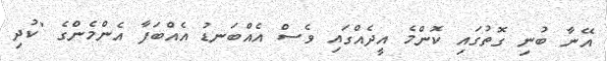
އޭނާ ބުނި ގޮތުގައި ކޮންމެ އީދެއްގައި ވެސް އެއްބަނޑު އެއްބަފާ އެންމެންގެ "ކުދި